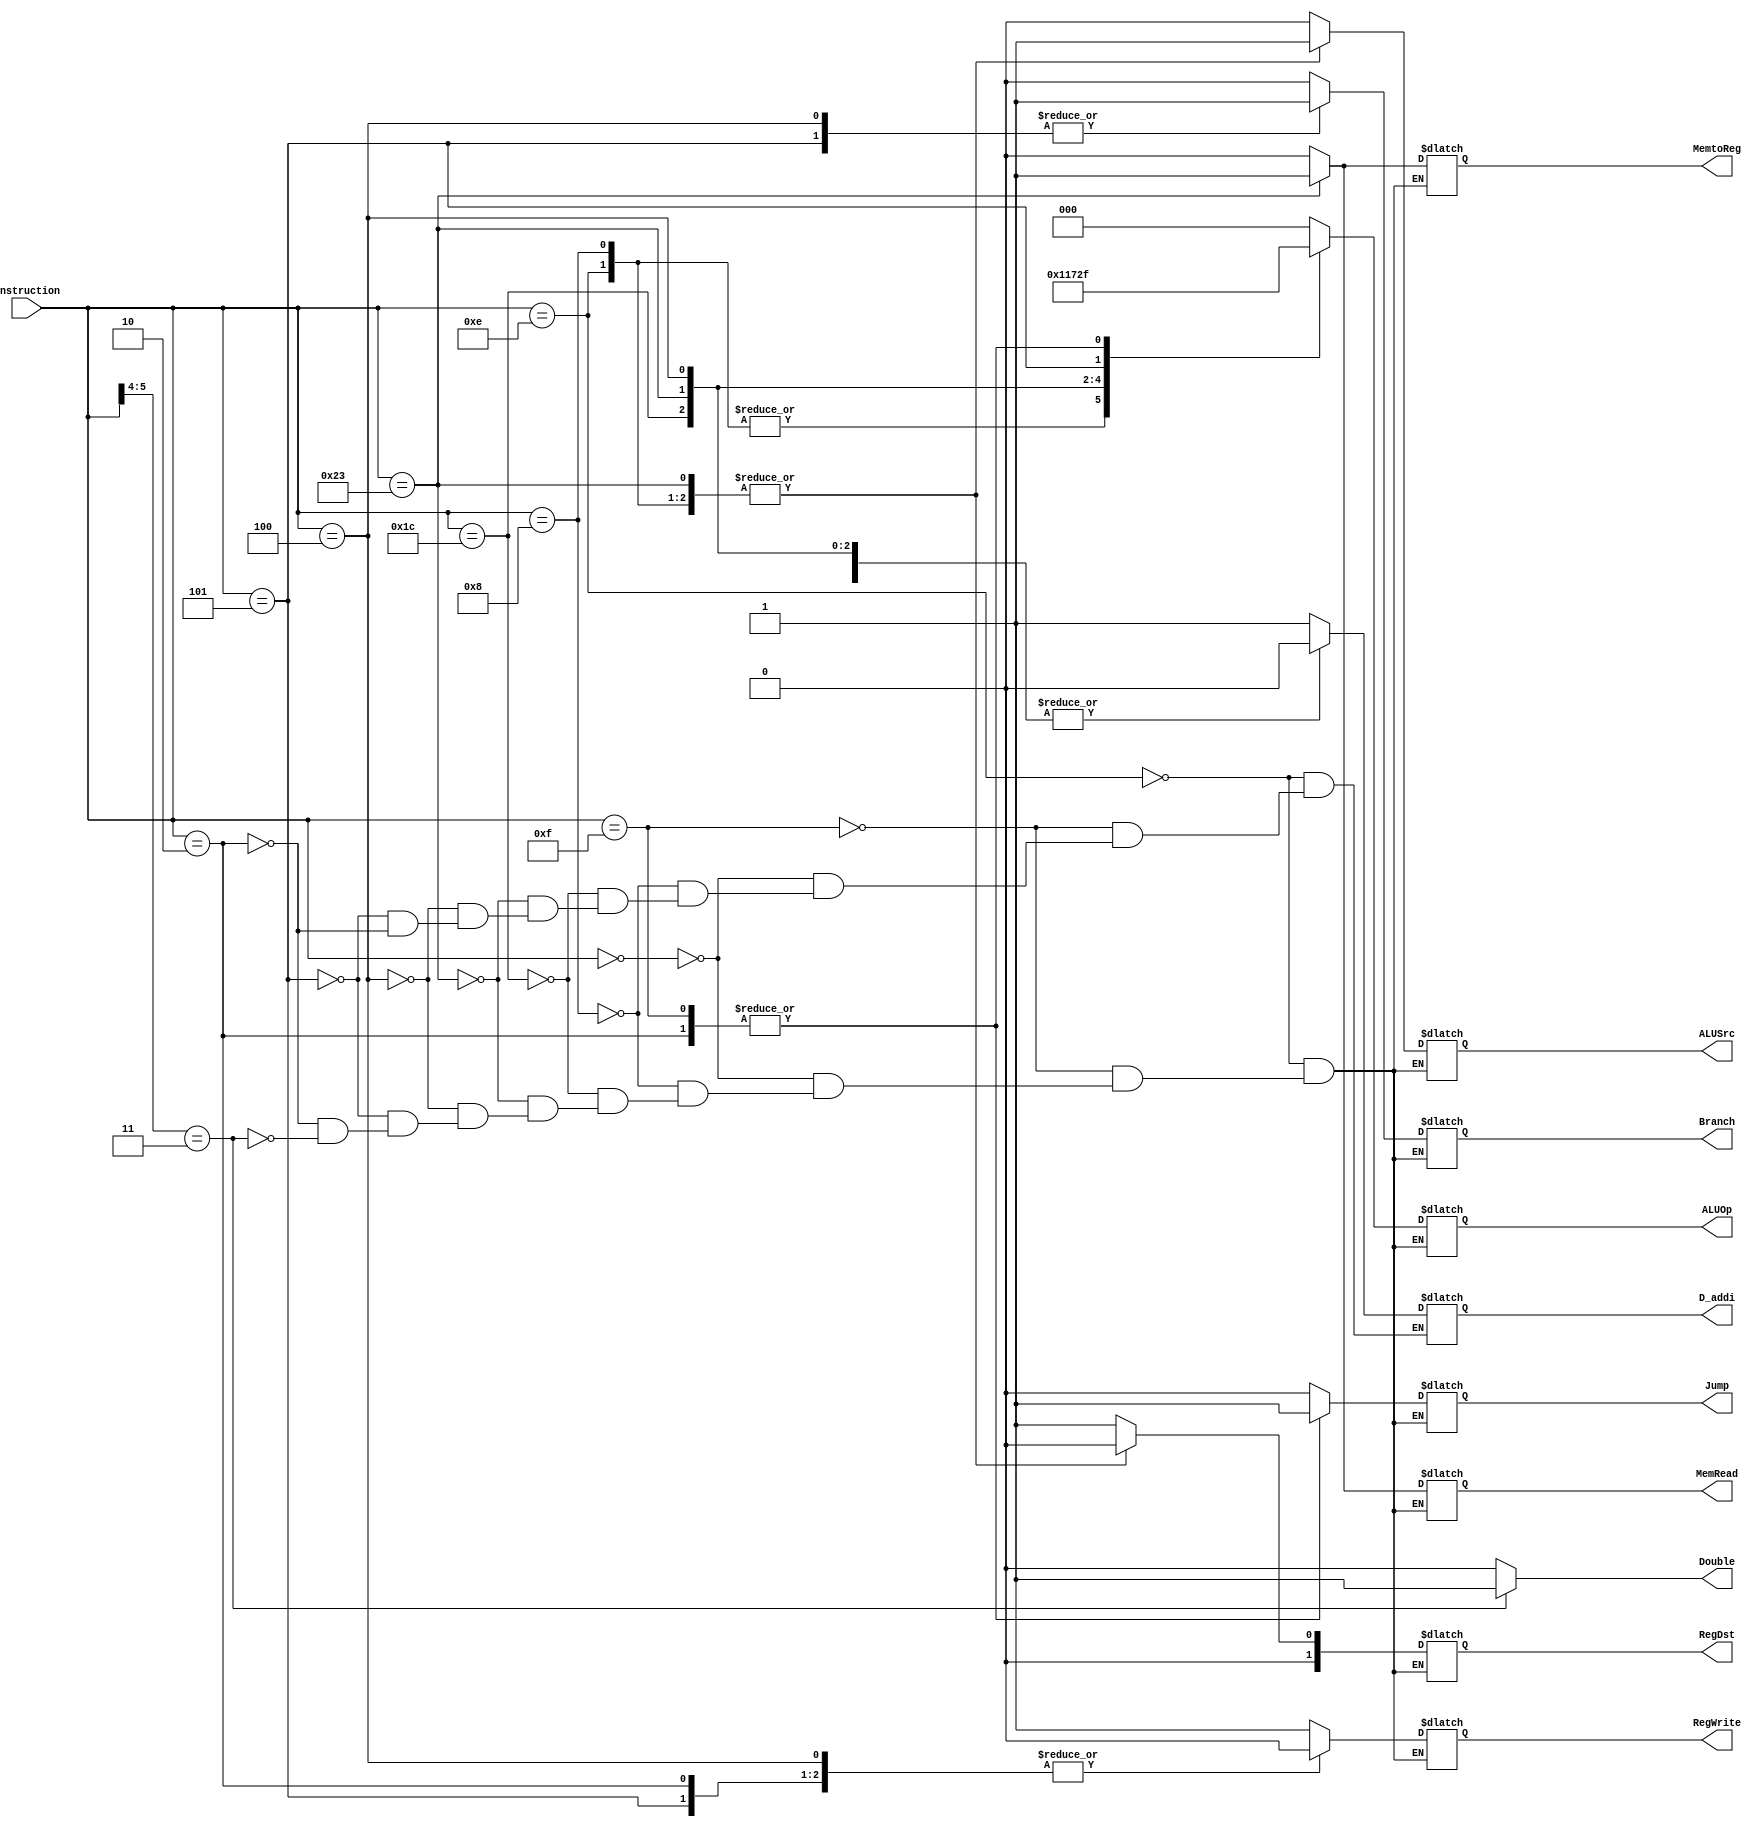
`timescale 1ns / 1ps
//////////////////////////////////////////////////////////////////////////////////
// Company: 
// Engineer: 
// 
// Design Name: 
// Module Name:    Control 
// Project Name: 
// Target Devices: 
// Tool versions: 
// Description: 
//
// Dependencies: 
//
// Revision: 
// Revision 0.01 - File Created
// Additional Comments: 
//
//////////////////////////////////////////////////////////////////////////////////
module Control(Instruction, RegDst, Jump, Branch, MemRead, MemtoReg, ALUOp, RegWrite, ALUSrc,Double,D_addi);

		input [5:0] Instruction;
		output reg Jump, Branch, MemRead, MemtoReg, RegWrite;
		output reg ALUSrc;
		output reg [2:0] ALUOp;
		output reg [1:0] RegDst;
		output reg Double;
		output reg D_addi;

	 
	always@(Instruction) begin
	
			if( Instruction[5:4] == 2'b11 )begin
					RegDst <= 2'b01;
					Jump <= 0;
					Branch <= 0;
					MemRead <= 0;
					MemtoReg <= 0;
					ALUOp <= 3'b000;
					ALUSrc <= 0;
					RegWrite <= 1;
					Double <= 1;
			end
	
	
			else begin
				Double <= 0;
			end
		
			case(Instruction)
				
				//Daddi
				6'b001110: begin //addi
					RegDst <= 2'b00;
					Jump <= 0;
					Branch <= 0;
					MemRead <= 0;
					MemtoReg <= 0;
					ALUOp <= 3'b010; 
					ALUSrc <= 1;
					RegWrite <= 1;
					D_addi <= 1;
				end
				
				
				//addj
				6'b001111: begin
					RegDst <= 2'b01;		
					Jump <= 1;
					Branch <= 0;
					MemRead <= 0;		
					MemtoReg <= 0;		
					ALUOp <= 3'b111; 
					ALUSrc <= 0;		
					RegWrite <= 1;
					D_addi <= 0;					
				end
				
				

				
				6'b00000:begin		//R Type no shamt(add, and, sub, nor, or, slt, sllv, srav, srlv, xor) , JR
					RegDst <= 2'b01;
					Jump <= 0;
					Branch <= 0;
					MemRead <= 0;
					MemtoReg <= 0;
					ALUOp <= 3'b000;
				//	MemWrite <= 0;
					ALUSrc <= 0;
					RegWrite <= 1;
					D_addi <= 0;
				end
			
	
				6'b001000: begin //addi
					RegDst <= 2'b00;
					Jump <= 0;
					Branch <= 0;
					MemRead <= 0;
					MemtoReg <= 0;
					ALUOp <= 3'b010; 
				//	MemWrite <= 0;
					ALUSrc <= 1;
					RegWrite <= 1;
					D_addi <= 0;
				end
					
				6'b011100: begin //mul
					RegDst <= 2'b01;
					Jump <= 0;
					Branch <= 0;
					MemRead <= 0;
					MemtoReg <= 0;
					ALUOp <= 3'b001; 
				//	MemWrite <= 0;
					ALUSrc <= 0;
					RegWrite <= 1;
					D_addi <= 0;
				end
				
				
				//////////////////
				
				
				//lw
				6'b100011: begin
					RegDst <= 2'b00;
					Jump <= 0;
					Branch <= 0;
					MemRead <= 1;
					MemtoReg <= 1;
					ALUOp <= 3'b011; 
				//	MemWrite <= 0;
					ALUSrc <= 1;
					RegWrite <= 1;
					D_addi <= 0;
				end
			
				//beq
				6'b000100: begin
					RegDst <= 2'b01;
					Jump <= 0;
					Branch <= 1;
					MemRead <= 0;
					MemtoReg <= 0;
					ALUOp <= 3'b100; 
			//		MemWrite <= 0;
					ALUSrc <= 0;
					RegWrite <= 0;
					D_addi <= 0;
				end
				
				
				//bne
				6'b000101: begin
					RegDst <= 2'b01;
					Jump <= 0;
					Branch <= 1;
					MemRead <= 0;
					MemtoReg <= 0;
					ALUOp <= 3'b101; 
				//	MemWrite <= 0;
					ALUSrc <= 0;
					RegWrite <= 0;
					D_addi <= 0;
				end
			
			
				//j
				6'b000010: begin
					RegDst <= 2'b01;		//don't care
					Jump <= 1;
					Branch <= 0;
					MemRead <= 0;		//don't care
					MemtoReg <= 0;		//don't care
					ALUOp <= 3'b111; //don't care
			//		MemWrite <= 0;
					ALUSrc <= 0;		//don't care
					RegWrite <= 0;
					D_addi <= 0;
				end
			
				
			endcase



	end





endmodule